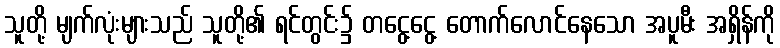
သူတို့ မျက်လုံးများသည် သူတို့၏ ရင်တွင်း၌ တငွေ့ငွေ့ တောက်လောင်နေသော အပူမီး အရှိန်ကို